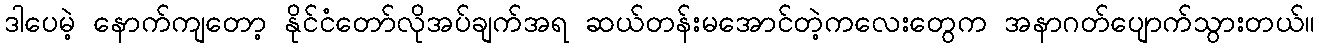
ဒါပေမဲ့ နောက်ကျတော့ နိုင်ငံတော်လိုအပ်ချက်အရ ဆယ်တန်းမအောင်တဲ့ကလေးတွေက အနာဂတ်ပျောက်သွားတယ်။